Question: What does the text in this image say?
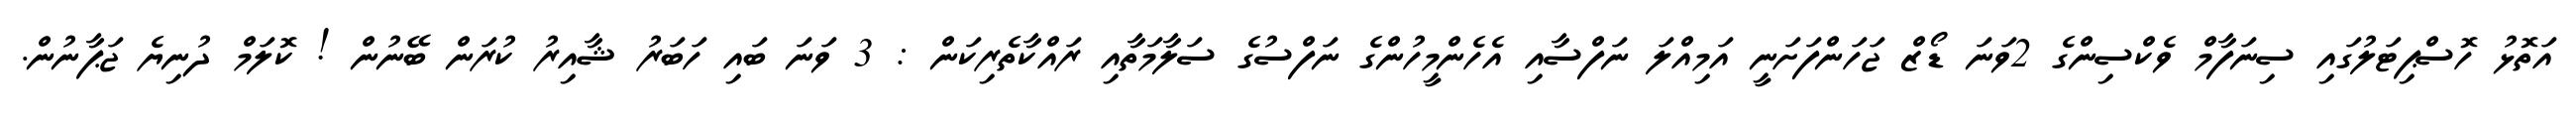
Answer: އަތޮޅު ހޮސްޕިޓަލުގައި ސިނަފާމް ވެކްސިންގެ 2ވަނަ ޑޯޒް ޖަހަންފަށަނީ އަމިއްލަ ނަފްސާއި އެހެންމީހުންގެ ނަފްސުގެ ސަލާމަތާއި ރައްކާތެރިކަން : 3 ވަނަ ބައި ހަބަރު ޝާއިރު ކުރަން ބޭނުން ! ކޮލަމް ދުނިޔެ ޖަޕާނުން.